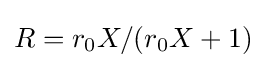
R=r_{0}X/(r_{0}X+1)